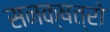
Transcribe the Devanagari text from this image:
सनक्षत्रो